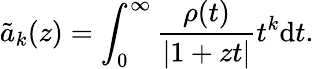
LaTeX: \tilde{a}_{k}(z)=\int_{0}^{\infty}\frac{\rho(t)}{|1+zt|}t^{k}\mathrm{d}t.